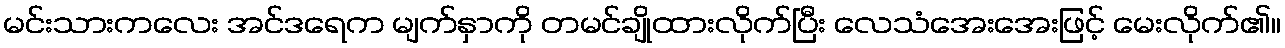
မင်းသားကလေး အင်ဒရေက မျက်နှာကို တမင်ချိုထားလိုက်ပြီး လေသံအေးအေးဖြင့် မေးလိုက်၏။